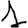
Digit: 1